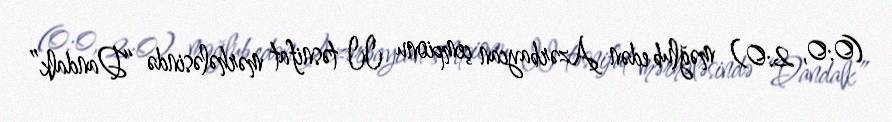
(0:0, 2:0) məğlub edən Azərbaycan çempionu II təsnifat mərhələsində “Dandalk”